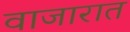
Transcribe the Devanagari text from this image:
वाजारात